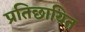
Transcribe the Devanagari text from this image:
प्रतिछायित